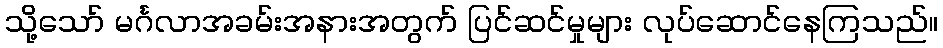
သို့သော် မင်္ဂလာအခမ်းအနားအတွက် ပြင်ဆင်မှုများ လုပ်ဆောင်နေကြသည်။